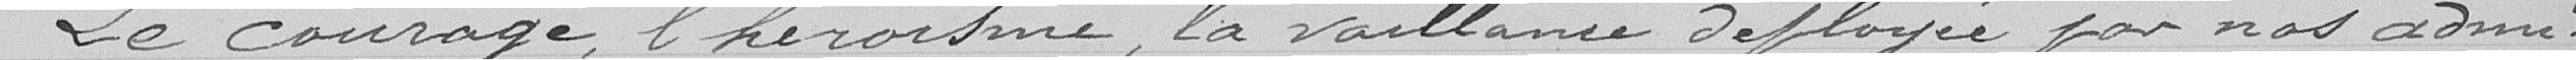
Le courage, l'héroïsme, la vaillance d'éployée par nos admi-